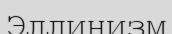
Эллинизм